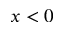
x < 0